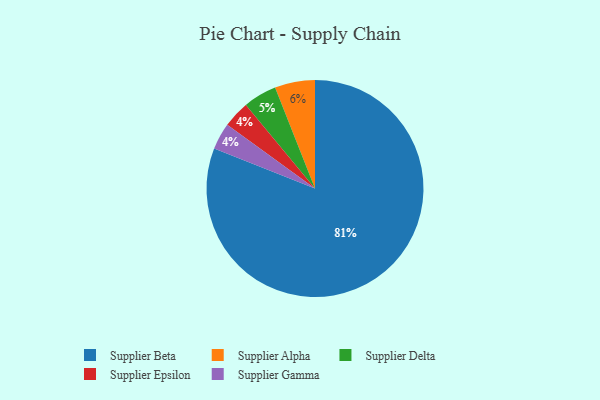
{"axis": {"x": "Category", "y": "Percentage"}, "legend": ["Supplier Alpha", "Supplier Beta", "Supplier Delta", "Supplier Epsilon", "Supplier Gamma"], "data": [{"x": "Supplier Delta", "y": 5, "type": "Supplier Delta"}, {"x": "Supplier Epsilon", "y": 4, "type": "Supplier Epsilon"}, {"x": "Supplier Gamma", "y": 4, "type": "Supplier Gamma"}, {"x": "Supplier Beta", "y": 81, "type": "Supplier Beta"}, {"x": "Supplier Alpha", "y": 6, "type": "Supplier Alpha"}]}